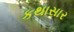
કથાસાર